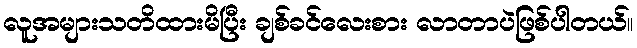
လူအများသတိထားမိပြီး ချစ်ခင်လေးစား လာတာပဲဖြစ်ပါတယ်။